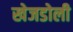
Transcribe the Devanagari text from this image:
खेजडोली